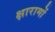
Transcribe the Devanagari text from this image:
क्षारामों